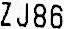
ZJ86